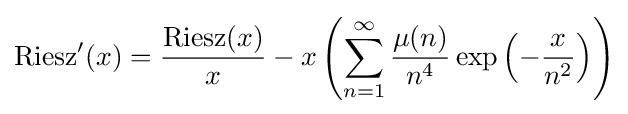
{\rm {Riesz}}'(x)={\frac {{\text{Riesz}}(x)}{x}}-x\left(\sum _{n=1}^{\infty }{\frac {\mu (n)}{n^{4}}}\exp \left(-{\frac {x}{n^{2}}}\right)\right)